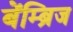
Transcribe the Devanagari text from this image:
बेंम्ब्रिज